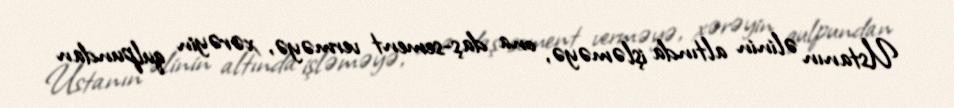
Ustanın əlinin altında işləməyə, ona daş-sement verməyə, xərəyin qulpundan